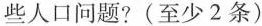
些人口问题?(至少2条)